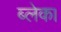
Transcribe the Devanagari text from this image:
ब्लेक।